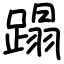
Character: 蹋